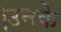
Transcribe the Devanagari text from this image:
।उनके